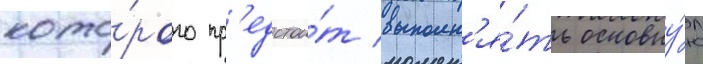
кото́рого пр'едстои́т выполн'я́ть основну́ю